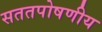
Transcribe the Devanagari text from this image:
सततपोषणीय